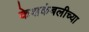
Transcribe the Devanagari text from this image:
केशकंबलीच्या